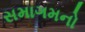
સમાગમનો